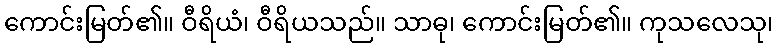
ကောင်းမြတ်၏။ ဝီရိယံ၊ ဝီရိယသည်။ သာဓု၊ ကောင်းမြတ်၏။ ကုသလေသု၊